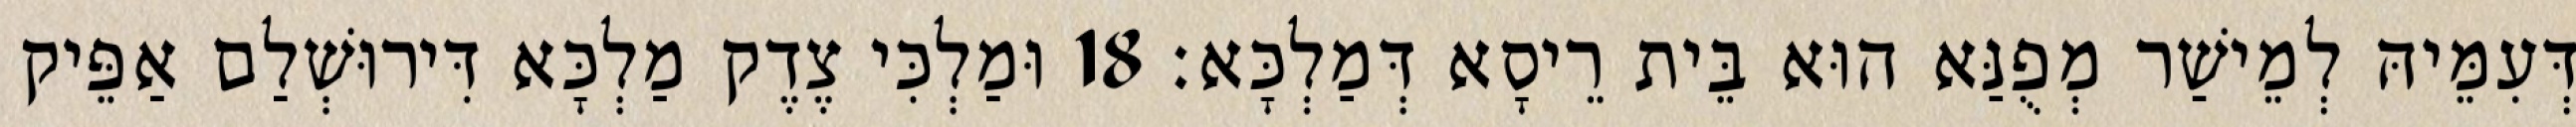
דְּעִמֵּיהּ לְמֵישַׁר מְפֻנַּא הוּא בֵּית רֵיסָא דְּמַלְכָּא׃ 18 וּמַלְכִּי צֶדֶק מַלְכָּא דִּירוּשְׁלַם אַפֵּיק